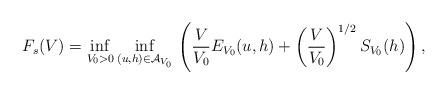
LaTeX: \begin{align*}F_s(V)=\inf_{V_0>0} \inf_{ (u,h) \in \mathcal{A}_{V_0}}\, \left( \frac{V}{V_0} E_{V_0}(u,h) +\left(\frac{V}{V_0}\right)^{1/2}S_{V_0}(h)\right),\end{align*}